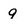
Character: 9